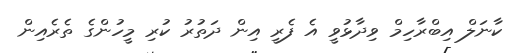
ކާނަލް އިބްރާހިމް ވިދާޅުވީ އެ ފެރީ އިން ދަތުރު ކުރި މީހުންގެ ތެރެއިން